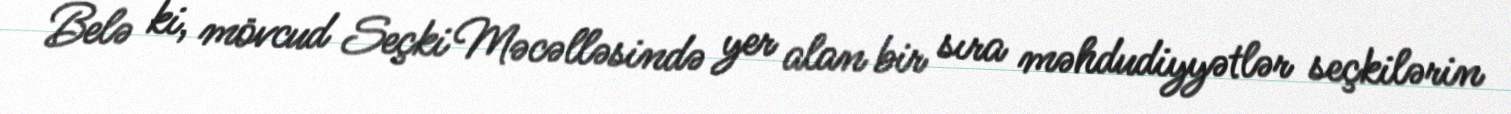
Belə ki, mövcud Seçki Məcəlləsində yer alan bir sıra məhdudiyyətlər seçkilərin